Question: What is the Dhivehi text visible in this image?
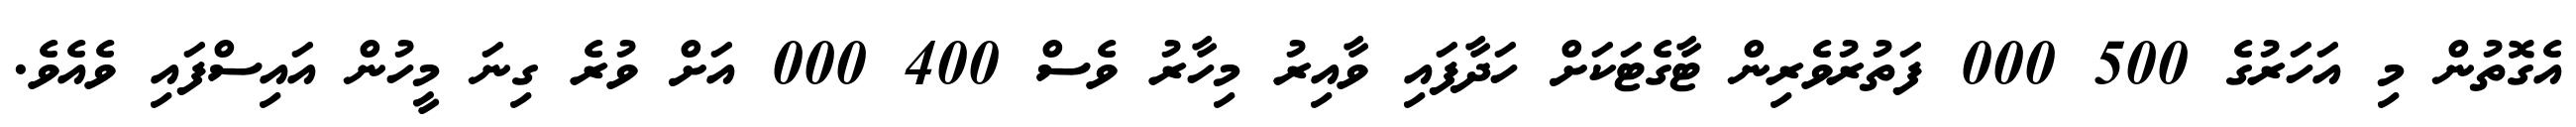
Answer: އެގޮތުން މި އަހަރުގެ 500 000 ފަތުރުވެރިން ޓާގެޓަކަށް ހަދާފައި ވާއިރު މިހާރު ވެސް 400 000 އަށް ވުރެ ގިނަ މީހުން އައިސްފައި ވެއެވެ.